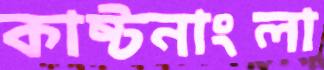
কাষ্টনাংলা